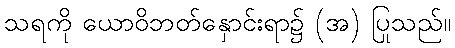
သရကို ယောဝိဘတ်နှောင်းရာ၌ (အ) ပြုသည်။